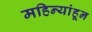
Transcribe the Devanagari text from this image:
महिन्यांहून